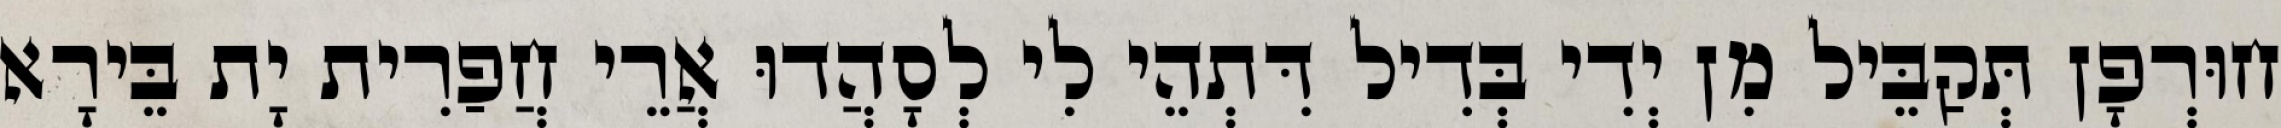
חוּרְפָן תְּקַבֵּיל מִן יְדִי בְּדִיל דִּתְהֵי לִי לְסָהֲדוּ אֲרֵי חֲפַרִית יָת בֵּירָא